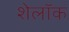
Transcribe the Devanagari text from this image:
शेलॉक